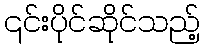
၎င်းပိုင်ဆိုင်သည့်